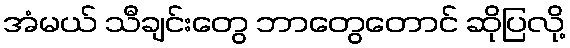
အံမယ် သီချင်းတွေ ဘာတွေတောင် ဆိုပြလို့